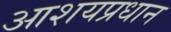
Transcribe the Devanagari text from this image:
आशयप्रधान